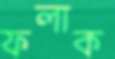
ফলাক